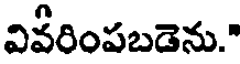
వివరింపబడెను."